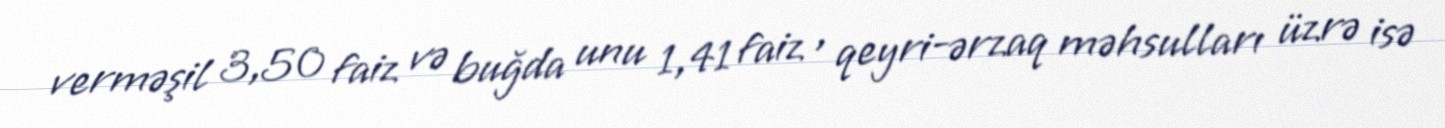
verməşil 3,50 faiz və buğda unu 1,41 faiz , qeyri-ərzaq məhsulları üzrə isə